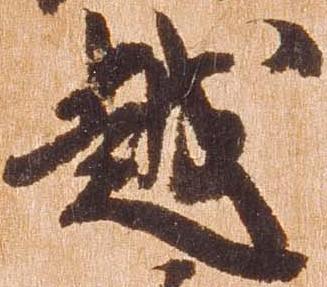
越